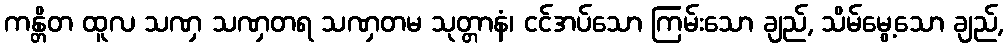
ကန္တိတ ထူလ သဏှ သဏှတရ သဏှတမ သုတ္တာနံ၊ ငင်အပ်သော ကြမ်းသော ချည်, သိမ်မွေ့သော ချည်,